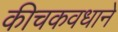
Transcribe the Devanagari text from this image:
कीचकवधाने